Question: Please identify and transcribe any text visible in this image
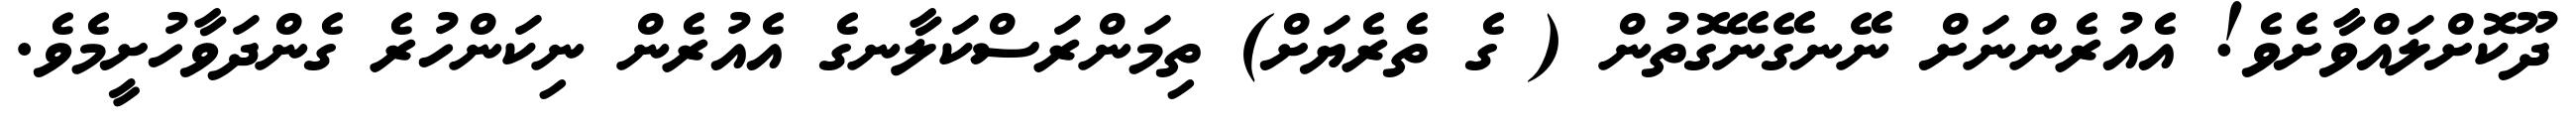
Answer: ދޫކޮށްލައްވާށެވެ! އެއުރެންނަށް ނޭނގޭނޭގޮތުން ( ގެ ތެރެޔަށް) ތިމަންރަސްކަލާނގެ އެއުރެން ނިކަންހުރެ ގެންދަވާހުށީމެވެ.